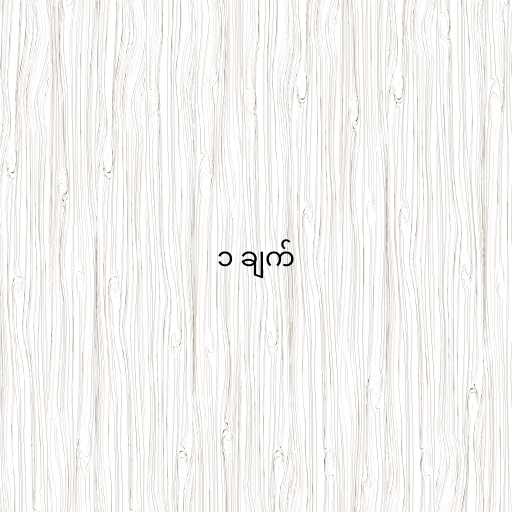
၁ ချက်